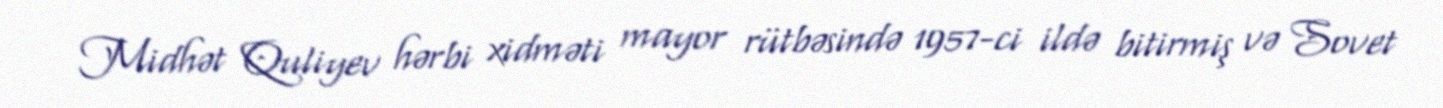
Midhət Quliyev hərbi xidməti mayor rütbəsində 1957-ci ildə bitirmiş və Sovet